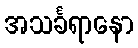
အသင်္ခရာနော